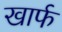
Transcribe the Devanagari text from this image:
खार्फ